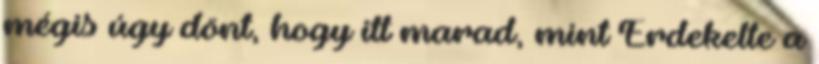
mégis úgy dönt, hogy itt marad, mint Érdekelte a